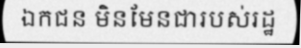
ឯកជន មិនមែនជារបស់រដ្ឋ